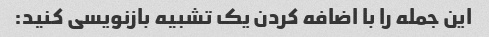
این جمله را با اضافه کردن یک تشبیه بازنویسی کنید: